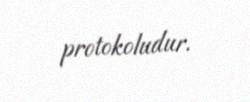
protokoludur.